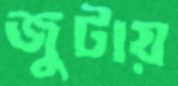
জুটায়